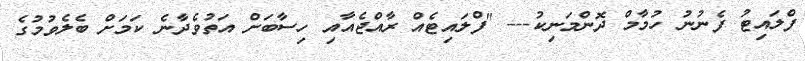
ފްލައިޓު ފެނުނު ހުމާމް ދޮންމަނިކު--- "ފްލައިޓެއް ރާއްޖެއާއި ހިސާބަށް އަތުވެދާނެ ކަމަށް ބެލެވުމުގެ